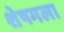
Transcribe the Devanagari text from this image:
शेषमला